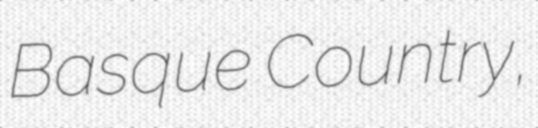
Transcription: Basque Country,